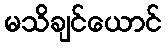
မသိချင်ယောင်